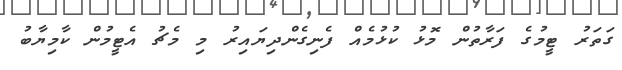
ގަތަރު ޓީމުގެ ފަރާތުން މޮޅު ކުޅުމެއް ފެނިގެންދިޔައިރު މި މެޗު އެޓީމުން ކާމިޔާބު